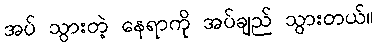
အပ် သွားတဲ့ နေရာကို အပ်ချည် သွားတယ်။